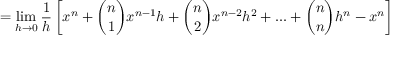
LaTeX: = \operatorname* { l i m } _ { h \to 0 } { \frac { 1 } { h } } \left[ x ^ { n } + { \binom { n } { 1 } } x ^ { n - 1 } h + { \binom { n } { 2 } } x ^ { n - 2 } h ^ { 2 } + . . . + { \binom { n } { n } } h ^ { n } - x ^ { n } \right]